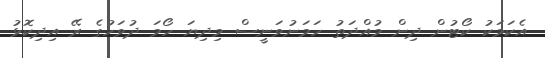
އެކަމަކު ކޯޓުން ދިން މުއްދަތު ހަަމަނުވަނީސް މިދިޔަ ހޯމަ ދުވަހުގެ ރޭ އިދިކޮޅު